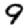
Digit: 9